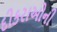
દીકરાઓની